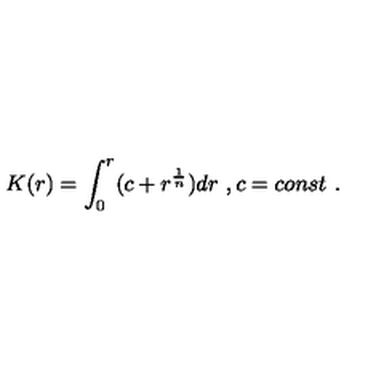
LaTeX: K ( r ) = \int _ { 0 } ^ { r } ( c + r ^ { \frac { 1 } { n } } ) d r \ , c = c o n s t \ .